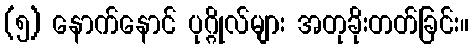
(၅) နောက်နောင် ပုဂ္ဂိုလ်များ အတုခိုးတတ်ခြင်း။